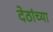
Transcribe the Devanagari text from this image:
देठांच्या